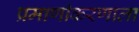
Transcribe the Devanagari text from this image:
प्रमाणीकरणाला